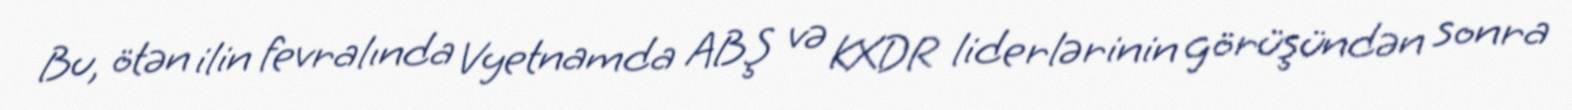
Bu, ötən ilin fevralında Vyetnamda ABŞ və KXDR liderlərinin görüşündən sonra